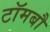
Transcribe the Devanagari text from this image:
टॉमबौ